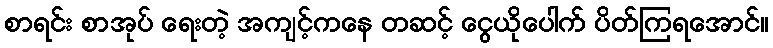
စာရင်း စာအုပ် ရေးတဲ့ အကျင့်ကနေ တဆင့် ငွေယိုပေါက် ပိတ်ကြရအောင်။